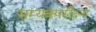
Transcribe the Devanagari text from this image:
सम्यक्परीक्ष्य